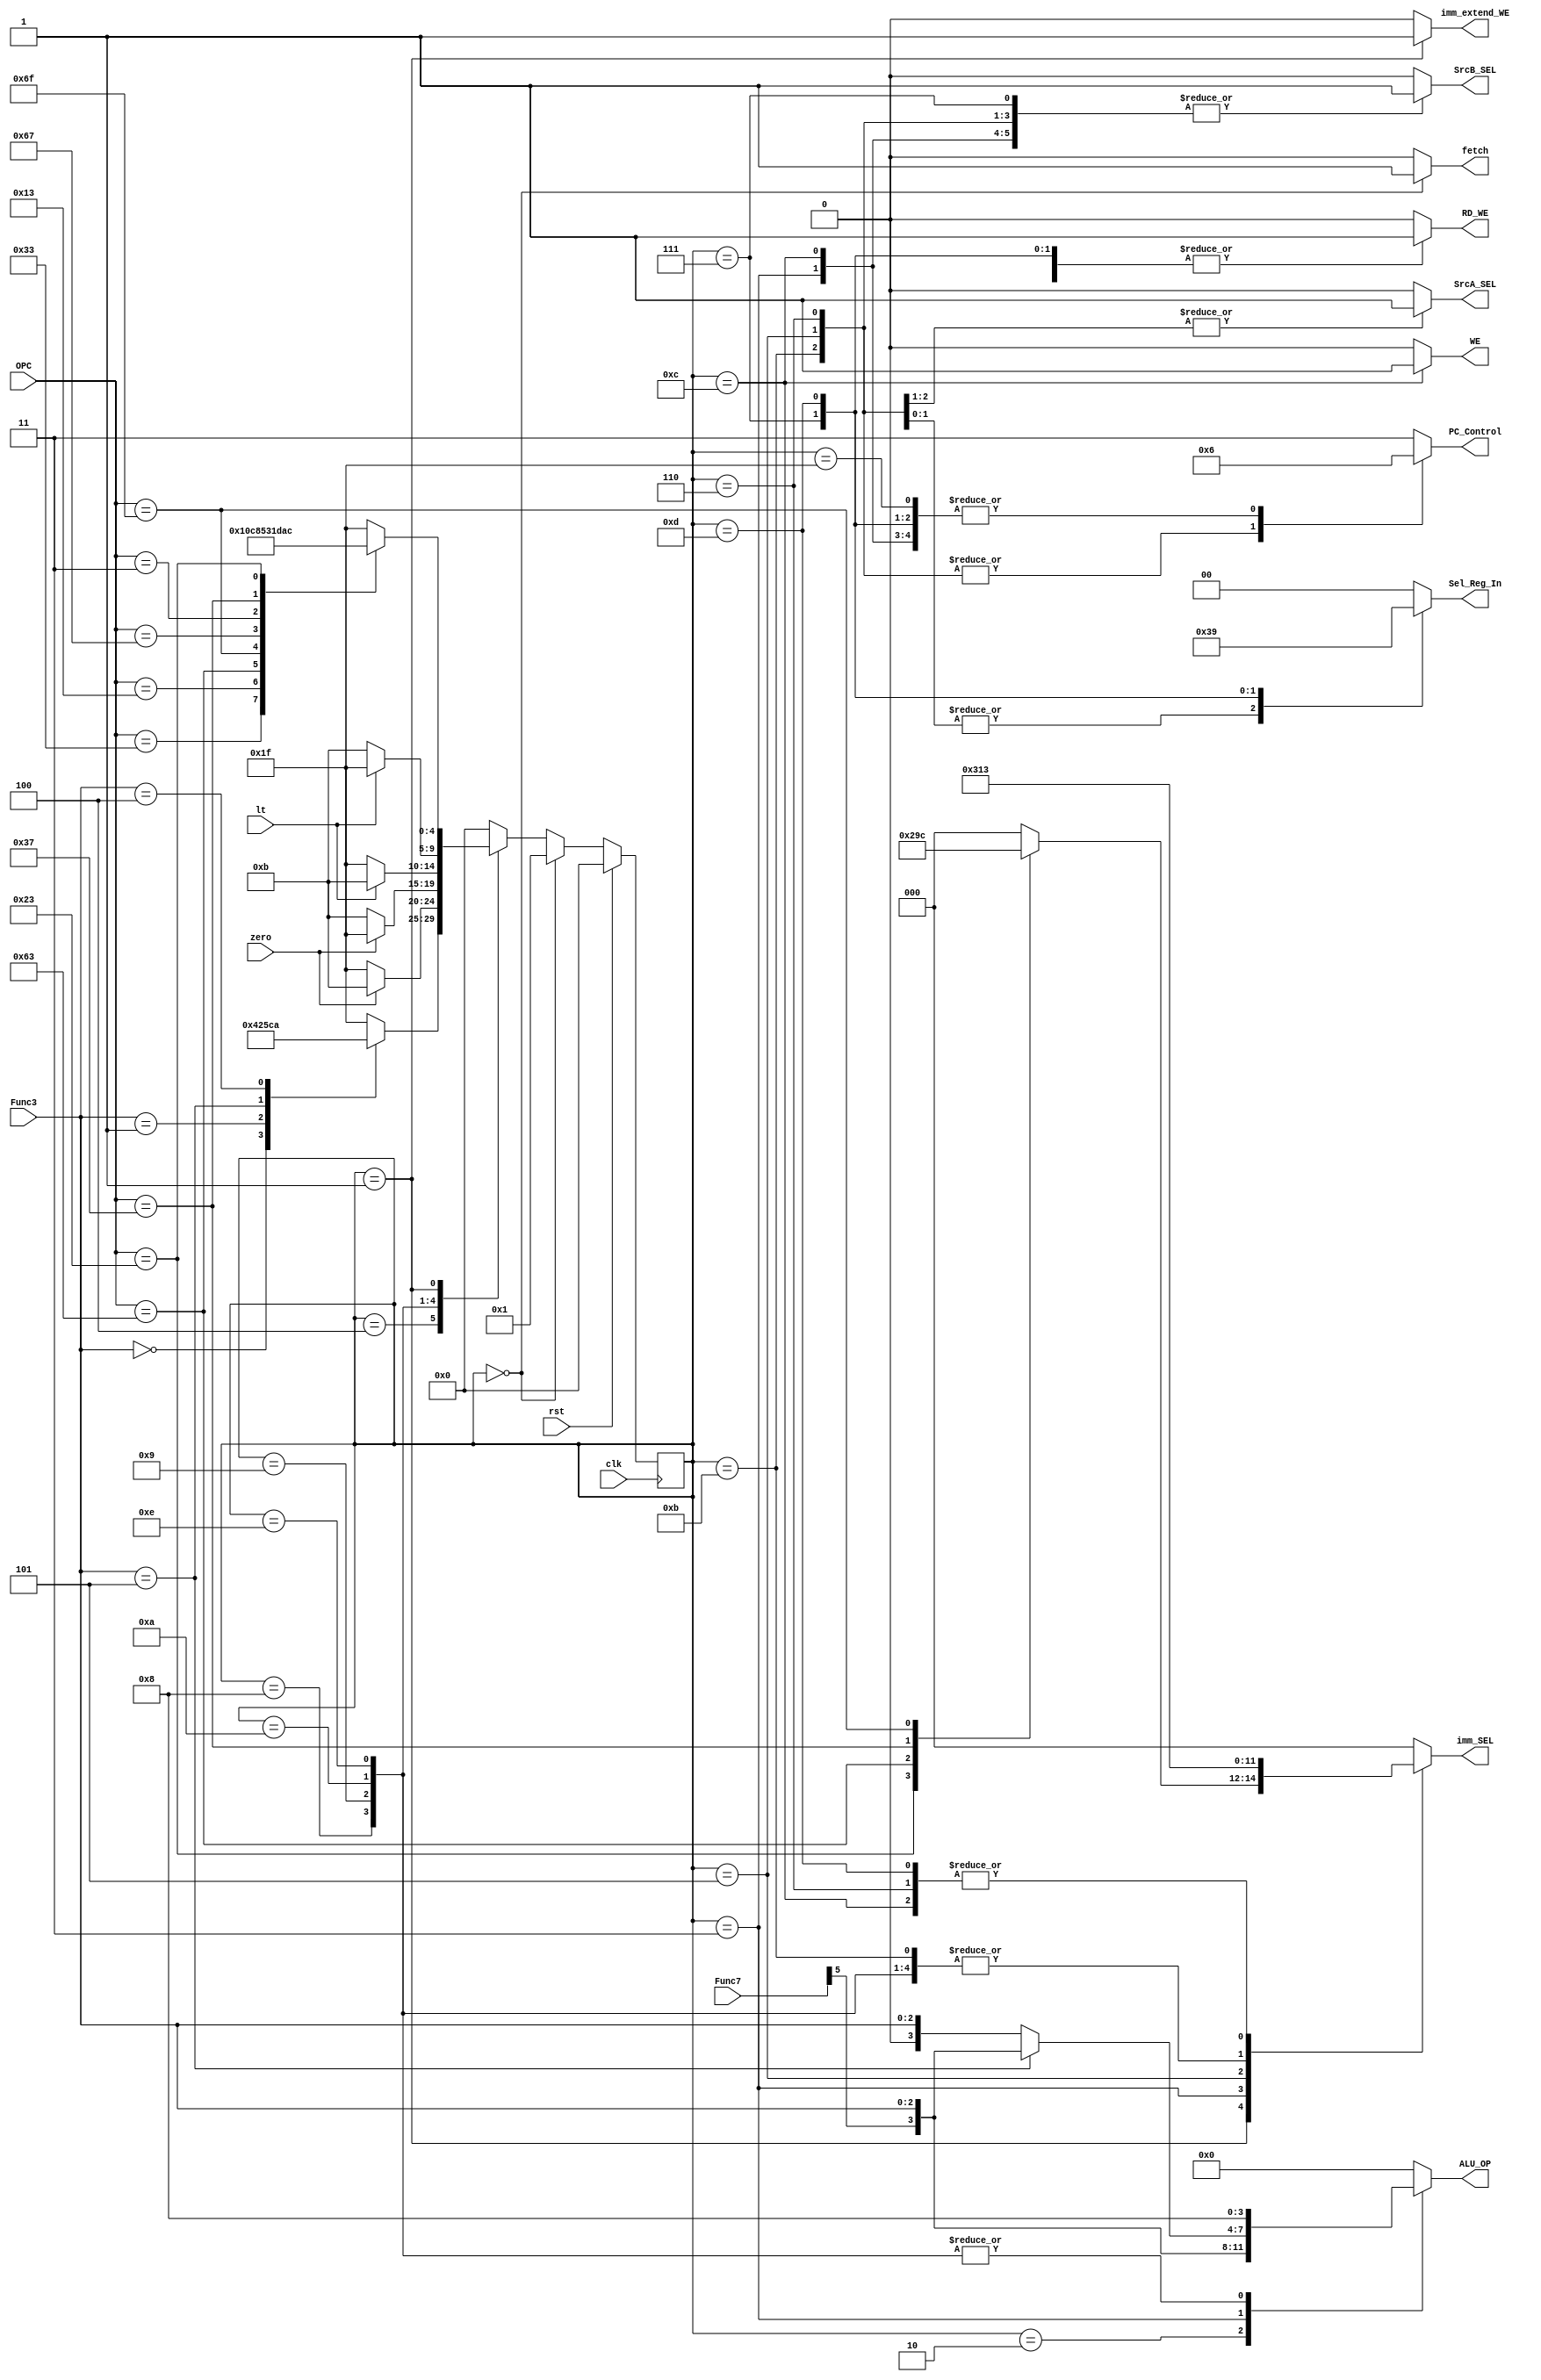
module Control_Unit (input rst,clk,zero,lt, input [6:0] OPC, input [2:0] Func3, input [6:0] Func7,
                     output reg [3:0] ALU_OP, 
                     output reg SrcB_SEL, SrcA_SEL,fetch, output reg [1:0] Sel_Reg_In, PC_Control, 
                     output reg [2:0] imm_SEL, 
                     output reg RD_WE, WE, imm_extend_WE);

//Estado 2 => R-Suma// Estado 3 => R-Resta// Estado 4 => R-SLL// Estado 5 => R-XOR// Estado 6 => R-SRL// Estado 7 => R-SRA// Estado 8 => R-OR //Estado 9 => R-AND //Estado 10 => I-LW
parameter imm_I=0;
parameter imm_S=1;
parameter imm_B=2;
parameter imm_U=3;
parameter imm_J=4;
parameter imm_I_shamt=5;
//
parameter error=31;
parameter R_Type=7'b0110011;
parameter I_Type=7'b0010011;
parameter B_Type=7'b1100011;
parameter J_Type=7'b1101111;
parameter JR_Type=7'b1100111;
parameter IL_Type=7'b0000011;
parameter S_Type=7'b0100011;
parameter U_Type=7'b0110111;
//Estado
parameter R_Estado=2;
parameter I_Estado=3;
parameter B_Estado=4;
parameter J_Estado=5;
parameter JR_Estado=6;
parameter IL_Estado=7;
parameter S_Estado=12;
parameter U_Estado=13;
//Estados Branch
parameter BEQ=8;
parameter BNE=9;
parameter BLT=10;
parameter Branch=11;
parameter BGE=14;
//PC_Control//
parameter clear = 0;
parameter jump = 1;
parameter count = 2;
parameter hold = 3;
//
parameter fetch_Estado=0;
parameter decode=1;
parameter AUX=31; //Estado que contina con la cuenta
reg [4:0] Estado_Control;
///////////////////Lgica de Siguiente Estado/////////////////////////
always @(posedge clk) begin
    if (rst) Estado_Control <= 0;
    else begin
        if (Estado_Control == fetch_Estado) Estado_Control <= decode; //Estado 1 => Decode
        else begin
                case (Estado_Control)
                    R_Estado: Estado_Control <= fetch_Estado;
                    I_Estado: Estado_Control <= fetch_Estado;
                    B_Estado: begin
                        case (Func3) 
                            0: Estado_Control <= BEQ;
                            1: Estado_Control <= BNE;
                            5: Estado_Control <= BGE;
                            4: Estado_Control <= BLT;
                            default: Estado_Control <= AUX;
                        endcase
                    end
                    BEQ: begin
                        if (zero) Estado_Control <= Branch;
                        else Estado_Control <= AUX;
                    end
                    BNE: begin
                        if (!zero) Estado_Control <= Branch;
                        else Estado_Control <= AUX;
                    end
                    BLT: begin
                        if (lt) Estado_Control <= Branch;
                        else Estado_Control <= AUX;
                    end
                    BGE: begin
                        if (!lt) Estado_Control <= Branch;
                        else Estado_Control <= AUX;
                    end
                    J_Estado: Estado_Control <= fetch_Estado;
                    JR_Estado: Estado_Control <= fetch_Estado;
                    IL_Estado: Estado_Control <= fetch_Estado;
                    S_Estado: Estado_Control <= fetch_Estado;
                    U_Estado: Estado_Control <= fetch_Estado;
                    Branch: Estado_Control <= fetch_Estado;
                    decode: begin
                        case (OPC)
                            R_Type: Estado_Control <= R_Estado; //Estado 2 => R-Type (ADD,SUB,AND,OR,XOR,SLL,SRL,SRA,SLT)
                            I_Type: Estado_Control <= I_Estado; //Estado 3 => I-Type
                            B_Type: Estado_Control <= B_Estado; //Estado 4 => B-Type
                            J_Type: Estado_Control <= J_Estado; //Estado 5=> J-Type (Jump to PC+imm, save link in rd)
                            JR_Type: Estado_Control <= JR_Estado; //Estado 6 => I-JALR (Jump to sr1+imm, save link in rd)
                            IL_Type: Estado_Control <= IL_Estado; // Estado 7 => IL-LW
                            U_Type: Estado_Control <= U_Estado; // Estado 13 => U-LUI
                            S_Type: Estado_Control <= S_Estado; // Estado 12 => S-SW
                            default: Estado_Control <= AUX;
                        endcase
                    end
                    AUX: Estado_Control <= fetch_Estado;
                    default: Estado_Control <= fetch_Estado;
                endcase
        end
    end
end
always @(*) begin
        case (Estado_Control)
            AUX:begin 
                fetch=0;
                ALU_OP=0;
                SrcB_SEL=0; 
                SrcA_SEL=0;
                Sel_Reg_In=0; 
                PC_Control=count; 
                imm_SEL=0;
                RD_WE=0;
                WE=0;
                imm_extend_WE=0;  
            end
            fetch_Estado: begin 
                fetch=1;
                ALU_OP=0;
                SrcB_SEL=0; 
                SrcA_SEL=0;
                Sel_Reg_In=0; 
                PC_Control=hold; 
                imm_SEL=0;
                RD_WE=0;
                WE=0;
                imm_extend_WE=0;  
            end
            decode: begin 
                fetch=0;
                ALU_OP=0;
                SrcB_SEL=0; 
                SrcA_SEL=0;
                Sel_Reg_In=0; 
                PC_Control=hold; 
                RD_WE=0;
                WE=0;
                imm_extend_WE=1; 
                case (OPC)
                    I_Type: begin
                        imm_SEL=0; 
                    end
                    S_Type:begin
                        imm_SEL=1; 
                    end 
                    B_Type:begin
                        imm_SEL=2; 
                    end 
                    U_Type: begin
                        imm_SEL=3; 
                    end
                    J_Type: begin
                        imm_SEL=4; 
                    end
                    JR_Type: begin
                        imm_SEL=0; 
                    end
                    IL_Type: begin
                        imm_SEL=0; 
                    end
                    default:  imm_SEL=0;                   
                endcase
            end
            R_Estado: begin 
                fetch=0;
                ALU_OP={Func7[5], Func3};
                SrcB_SEL=0; 
                SrcA_SEL=0;
                Sel_Reg_In=0; 
                PC_Control=count; 
                imm_SEL=0;
                RD_WE=1;
                WE=0;
                imm_extend_WE=0;  
            end
            I_Estado: begin 
                fetch=0;
                SrcB_SEL=1; 
                SrcA_SEL=0;
                Sel_Reg_In=0; 
                PC_Control=count; 
                imm_SEL=1;
                RD_WE=1;
                WE=0;
                imm_extend_WE=0;  
                if (Func3==3'b101)ALU_OP={Func7[5], Func3};
                else ALU_OP={1'b0, Func3};
            end
            J_Estado:begin 
                fetch=0;
                ALU_OP=4'b0000;
                SrcB_SEL=1; 
                SrcA_SEL=1;
                Sel_Reg_In=3; 
                PC_Control=jump; 
                imm_SEL=4;
                RD_WE=1;
                WE=0;
                imm_extend_WE=0;  
            end
            BEQ:begin
                fetch=0;
                ALU_OP=4'b1000;
                SrcB_SEL=0; 
                SrcA_SEL=0;
                Sel_Reg_In=0; 
                PC_Control=hold; 
                imm_SEL=2;
                RD_WE=0;
                WE=0;
                imm_extend_WE=0;  
            end
            BNE:begin
                fetch=0;
                ALU_OP=4'b1000;
                SrcB_SEL=0; 
                SrcA_SEL=0;
                Sel_Reg_In=0; 
                PC_Control=hold; 
                imm_SEL=2;
                RD_WE=0;
                WE=0;
                imm_extend_WE=0;  
            end
            BLT:begin
                fetch=0;
                ALU_OP=4'b1000;
                SrcB_SEL=0; 
                SrcA_SEL=0;
                Sel_Reg_In=0; 
                PC_Control=hold; 
                imm_SEL=2;
                RD_WE=0;
                WE=0;
                imm_extend_WE=0;  
            end  
            BGE:begin
                fetch=0;
                ALU_OP=4'b1000;
                SrcB_SEL=0; 
                SrcA_SEL=0;
                Sel_Reg_In=0; 
                PC_Control=hold; 
                imm_SEL=2;
                RD_WE=0;
                WE=0;
                imm_extend_WE=0;  
            end 
            Branch:begin
                fetch=0;
                ALU_OP=4'b0000;
                SrcB_SEL=1; 
                SrcA_SEL=1;
                Sel_Reg_In=0; 
                PC_Control=jump; 
                imm_SEL=2;
                RD_WE=0;
                WE=0;
                imm_extend_WE=0;
            end                  
            JR_Estado:begin
                fetch=0;
                ALU_OP=4'b0000;
                SrcB_SEL=1; 
                SrcA_SEL=0;
                Sel_Reg_In=3;
                PC_Control=jump; 
                imm_SEL=3;
                RD_WE=1;
                WE=0;
                imm_extend_WE=0;
            end
            IL_Estado:begin
                fetch=0;
                ALU_OP=4'b0000;
                SrcB_SEL=1;
                SrcA_SEL=0;
                Sel_Reg_In=2; 
                PC_Control=count; 
                imm_SEL=0;
                RD_WE=1;
                WE=0;
                imm_extend_WE=0;
            end
            U_Estado:begin 
                fetch=0;
                ALU_OP=4'b0000;
                SrcB_SEL=0; 
                SrcA_SEL=0;
                Sel_Reg_In=1; 
                PC_Control=count; 
                imm_SEL=3;
                RD_WE=1;
                WE=0;
                imm_extend_WE=0;
            end
            S_Estado:begin 
                fetch=0;
                ALU_OP=4'b0000;
                SrcB_SEL=1; 
                SrcA_SEL=0;
                Sel_Reg_In=0; 
                PC_Control=count; 
                imm_SEL=3;
                RD_WE=0;
                WE=1;
                imm_extend_WE=0;
            end
            default: begin fetch=0;
                ALU_OP=4'b0000;
                SrcB_SEL=0; 
                SrcA_SEL=0;
                Sel_Reg_In=0; 
                PC_Control=hold; 
                imm_SEL=0;
                RD_WE=0;
                WE=0;
                imm_extend_WE=0;
            end
        endcase
end
endmodule
//            0:o_imm = imm_I;
//            1:o_imm = imm_S;
//            2:o_imm = imm_B;
//            3:o_imm = imm_U;
//            4:o_imm = imm_J;
//            5:o_imm = imm_I_shamt;